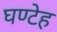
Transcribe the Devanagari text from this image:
घण्टेह